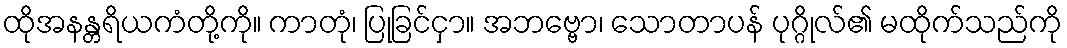
ထိုအနန္တရိယကံတို့ကို။ ကာတုံ၊ ပြုခြင်ငှာ။ အဘဗ္ဗော၊ သောတာပန် ပုဂ္ဂိုလ်၏ မထိုက်သည်ကို